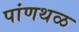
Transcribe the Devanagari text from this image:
पांणथळ